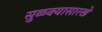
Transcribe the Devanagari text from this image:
सुळक्यासारखे